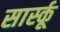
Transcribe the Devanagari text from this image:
सार्स्कू